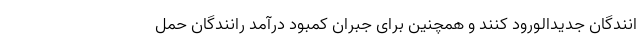
انندگان جدیدالورود کنند و همچنین برای جبران کمبود درآمد رانندگان حمل